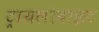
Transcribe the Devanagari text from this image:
ट्रायलोबाइट